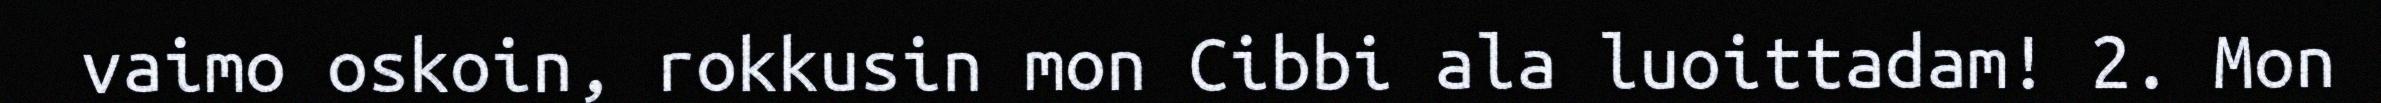
vaimo oskoin, rokkusin mon Cibbi ala luoittadam! 2. Mon